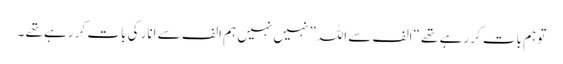
تو ہم بات کر رہے تھے “الف سے اللہ” نہیں نہیں ہم الف سے انار کی بات کر رہے تھے ۔